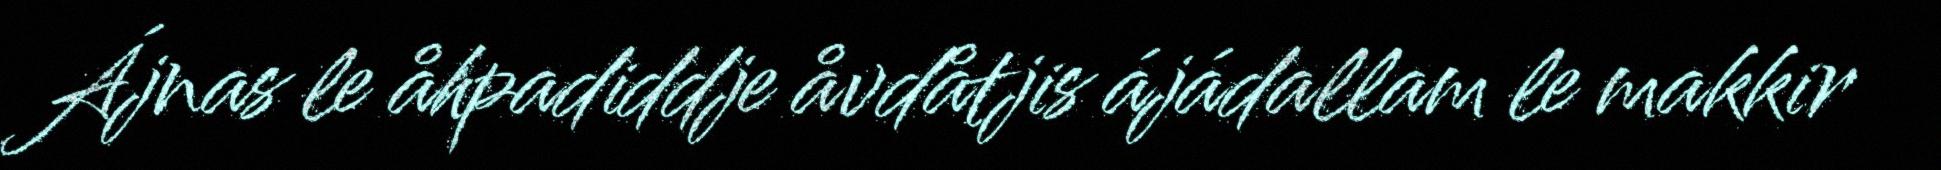
Ájnas le åhpadiddje åvdåtjis ájádallam le makkir